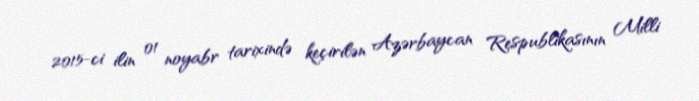
2015-ci ilin 01 noyabr tarixində keçirilən Azərbaycan Respublikasının Milli